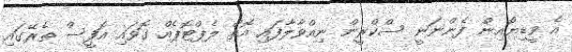
އެ ވީޑިޔޯއިން ފެންނަނީ ސްކްރީން ނިއްވާލާފައި އޮތް ލެޕްޓޮޕެއް ގޮވައި އޮފީސް ތެރޭގައި